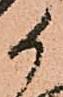
候